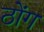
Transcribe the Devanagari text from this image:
ठोंग